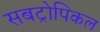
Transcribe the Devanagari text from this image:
सबट्रोपिकल